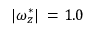
| \omega _ { z } ^ { * } | \; = 1 . 0